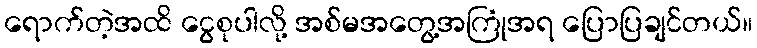
ရောက်တဲ့အထိ ငွေစုပါလို့ အစ်မအတွေ့အကြုံအရ ပြောပြချင်တယ်။